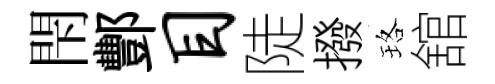
閇酆目陡撥珞舘